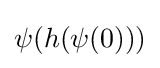
\psi (h(\psi (0)))